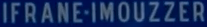
IFRANE-IMOUZZER